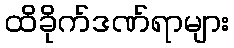
ထိခိုက်ဒဏ်ရာများ